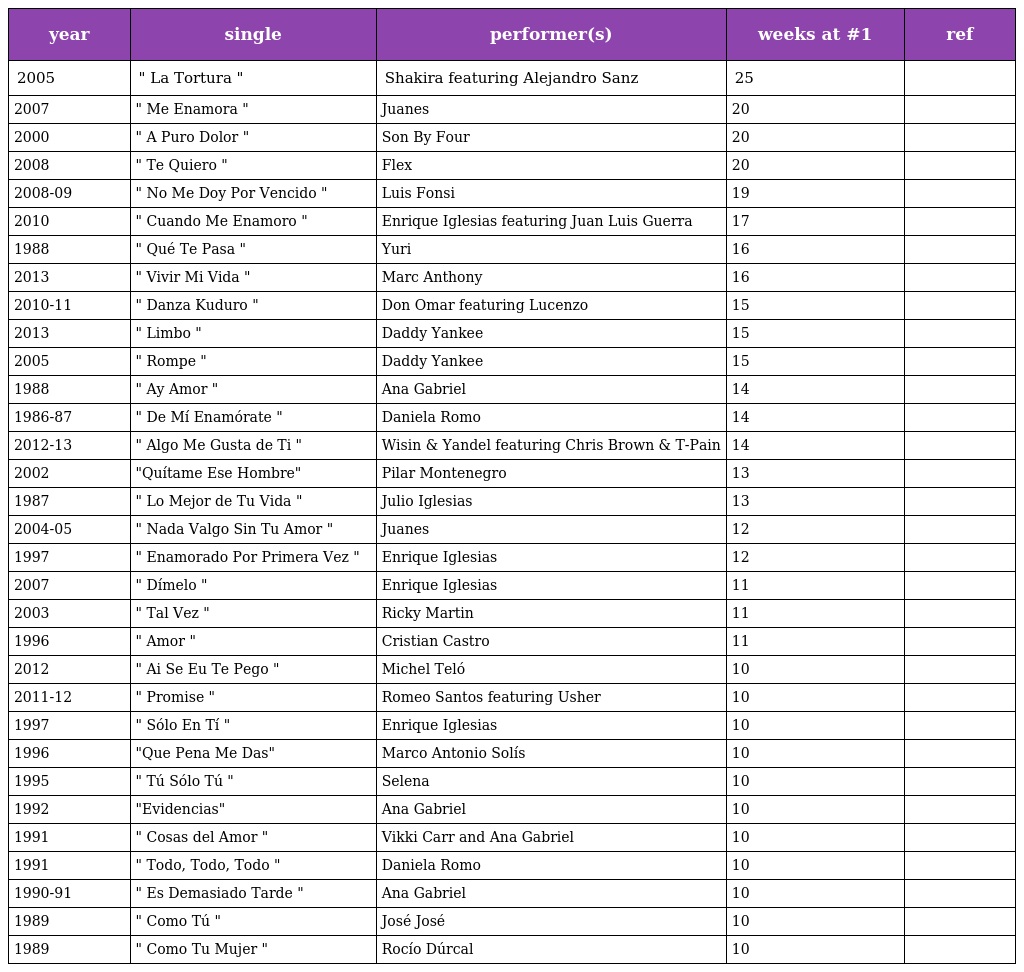
| year | single | performer(s) | weeks at #1 | ref |
 | --- | --- | --- | --- | --- |
 | 2005 | " La Tortura " | Shakira featuring Alejandro Sanz | 25 |  |
 | 2007 | " Me Enamora " | Juanes | 20 |  |
 | 2000 | " A Puro Dolor " | Son By Four | 20 |  |
 | 2008 | " Te Quiero " | Flex | 20 |  |
 | 2008-09 | " No Me Doy Por Vencido " | Luis Fonsi | 19 |  |
 | 2010 | " Cuando Me Enamoro " | Enrique Iglesias featuring Juan Luis Guerra | 17 |  |
 | 1988 | " Qué Te Pasa " | Yuri | 16 |  |
 | 2013 | " Vivir Mi Vida " | Marc Anthony | 16 |  |
 | 2010-11 | " Danza Kuduro " | Don Omar featuring Lucenzo | 15 |  |
 | 2013 | " Limbo " | Daddy Yankee | 15 |  |
 | 2005 | " Rompe " | Daddy Yankee | 15 |  |
 | 1988 | " Ay Amor " | Ana Gabriel | 14 |  |
 | 1986-87 | " De Mí Enamórate " | Daniela Romo | 14 |  |
 | 2012-13 | " Algo Me Gusta de Ti " | Wisin & Yandel featuring Chris Brown & T-Pain | 14 |  |
 | 2002 | "Quítame Ese Hombre" | Pilar Montenegro | 13 |  |
 | 1987 | " Lo Mejor de Tu Vida " | Julio Iglesias | 13 |  |
 | 2004-05 | " Nada Valgo Sin Tu Amor " | Juanes | 12 |  |
 | 1997 | " Enamorado Por Primera Vez " | Enrique Iglesias | 12 |  |
 | 2007 | " Dímelo " | Enrique Iglesias | 11 |  |
 | 2003 | " Tal Vez " | Ricky Martin | 11 |  |
 | 1996 | " Amor " | Cristian Castro | 11 |  |
 | 2012 | " Ai Se Eu Te Pego " | Michel Teló | 10 |  |
 | 2011-12 | " Promise " | Romeo Santos featuring Usher | 10 |  |
 | 1997 | " Sólo En Tí " | Enrique Iglesias | 10 |  |
 | 1996 | "Que Pena Me Das" | Marco Antonio Solís | 10 |  |
 | 1995 | " Tú Sólo Tú " | Selena | 10 |  |
 | 1992 | "Evidencias" | Ana Gabriel | 10 |  |
 | 1991 | " Cosas del Amor " | Vikki Carr and Ana Gabriel | 10 |  |
 | 1991 | " Todo, Todo, Todo " | Daniela Romo | 10 |  |
 | 1990-91 | " Es Demasiado Tarde " | Ana Gabriel | 10 |  |
 | 1989 | " Como Tú " | José José | 10 |  |
 | 1989 | " Como Tu Mujer " | Rocío Dúrcal | 10 |  |